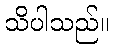
သိပါသည်။